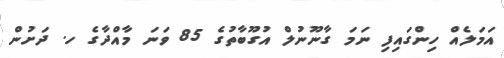
އަމަލެއް ހިންގައިފި ނަމަ ގާނޫނުލް އުގޫބާތުގެ 85 ވަނަ މާއްދާގެ ހ. ދަށުން